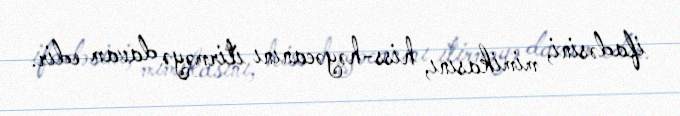
ifadəsini, mimikasını, hiss-həyəcanını itirməyə davam edir.